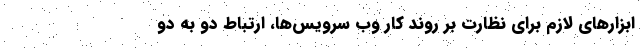
ابزارهای لازم برای نظارت بر روند کار وب سرویس‌ها، ارتباط دو به دو